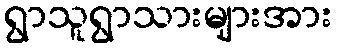
ရွာသူရွာသားများအား